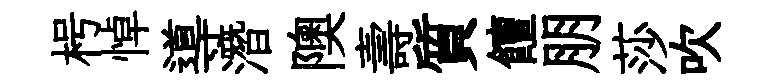
枵悼導潛隩壽質饘朋莎吹